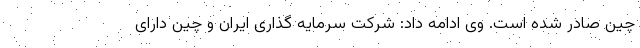
چین صادر شده است. وی ادامه داد: شرکت سرمایه گذاری ایران و چین دارای